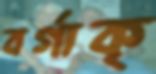
বর্গাকৃ